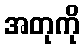
အတုကို